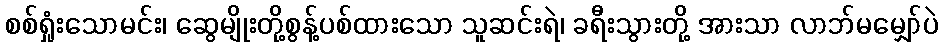
စစ်ရှုံးသောမင်း၊ ဆွေမျိုးတို့စွန့်ပစ်ထားသော သူဆင်းရဲ၊ ခရီးသွားတို့ အားသာ လာဘ်မမျှော်ပဲ